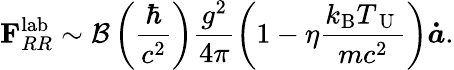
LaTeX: {\mathbf F}_{RR}^{\mathrm{lab}}\sim{\cal B}\left(\frac{\hbar}{c^{2}}\right)\frac{g^{2}}{4\pi}\left(1-\eta\frac{k_{\mathrm{B}}T_{\mathrm{~U~}}}{mc^{2}}\right)\mathbfit{\dot{a}}.